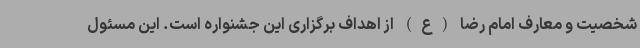
شخصیت و معارف امام رضا (ع) از اهداف برگزاری این جشنواره است. این مسئول